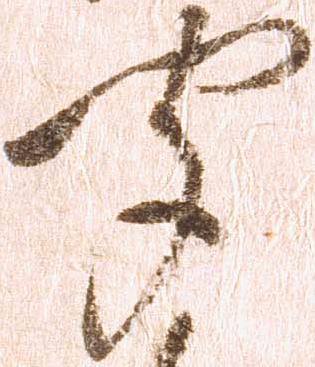
聞